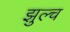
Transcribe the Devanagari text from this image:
झुल्च